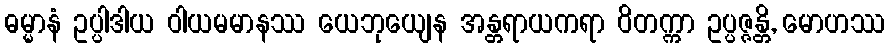
ဓမ္မာနံ ဥပ္ပါဒါယ ဝါယမမာနဿ ယေဘုယျေန အန္တရာယကရာ ဝိတက္ကာ ဥပ္ပဇ္ဇန္တိ, မောဟဿ